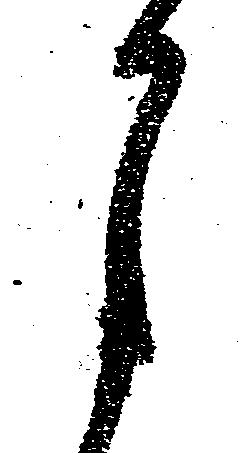
月